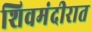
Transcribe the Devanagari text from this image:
शिवमंदीरात